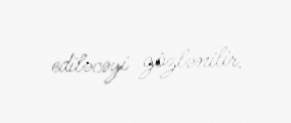
ediləcəyi gözlənilir.